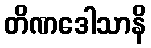
တိဏဒေါသာနိ